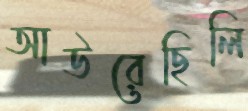
আউরেছিলি